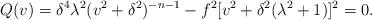
LaTeX: \begin{align*}Q(v)=\delta^{4}\lambda^{2}(v^{2}+\delta^{2})^{-n-1}-f^{2}[v^{2}+\delta^{2}(\lambda^{2}+1)]^{2}=0.\end{align*}